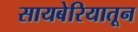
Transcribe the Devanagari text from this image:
सायबेरियातून